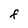
Character: F